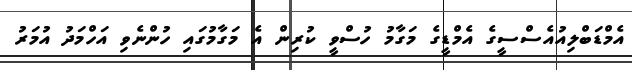
އެމްޑަބްލިއުއެސްސީގެ އެމްޑީގެ މަގާމު ހުސްވީ ކުރިން އެ މަގާމުގައި ހުންނެވި އަހްމަދު އުމަރު